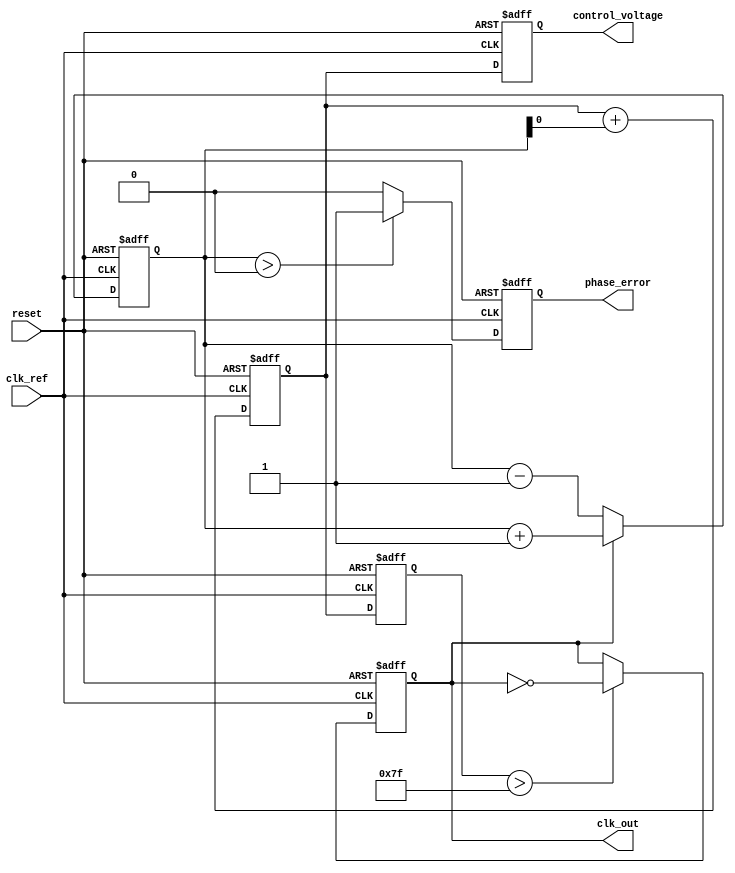
module pll (
    input wire clk_ref,          // Reference clock input
    input wire reset,            // Reset signal
    output reg clk_out,          // Output clock
    output reg [7:0] control_voltage, // Control voltage for VCO
    output reg phase_error       // Phase error signal
);

    // Parameters
    parameter VCO_MAX_FREQ = 255; // Max frequency output of VCO
    parameter VCO_MIN_FREQ = 0;    // Min frequency output of VCO
    parameter PHASE_DETECTOR_WIDTH = 8; // Width of phase detector output

    // Internal signals
    reg [PHASE_DETECTOR_WIDTH-1:0] phase_detector_out;
    reg [7:0] loop_filter_out;
    reg [7:0] vco_freq;

    // Phase Detector
    always @(posedge clk_ref or posedge reset) begin
        if (reset) begin
            phase_detector_out <= 0;
            phase_error <= 0;
        end else begin
            // Simple phase detection logic (PWM-like)
            if (clk_out) begin
                phase_detector_out <= phase_detector_out + 1; // Increment phase error
            end else begin
                phase_detector_out <= phase_detector_out - 1; // Decrement phase error
            end
            phase_error <= (phase_detector_out > 0) ? 1 : 0; // Set phase error signal
        end
    end

    // Loop Filter (Simple Integrator)
    always @(posedge clk_ref or posedge reset) begin
        if (reset) begin
            loop_filter_out <= 0;
        end else begin
            // Simple loop filter: Integrate phase error
            loop_filter_out <= loop_filter_out + phase_detector_out[0]; // Adjust gain as needed
        end
    end

    // Voltage-Controlled Oscillator (VCO)
    always @(posedge clk_ref or posedge reset) begin
        if (reset) begin
            vco_freq <= VCO_MIN_FREQ;
            clk_out <= 0;
        end else begin
            // Control VCO frequency based on loop filter output
            vco_freq <= loop_filter_out;
            // Generate output clock based on VCO frequency
            clk_out <= (vco_freq > (VCO_MAX_FREQ / 2)) ? ~clk_out : clk_out; // Simple toggle logic
        end
    end

    // Control Voltage Output
    always @(posedge clk_ref or posedge reset) begin
        if (reset) begin
            control_voltage <= 0;
        end else begin
            control_voltage <= loop_filter_out; // Output control voltage
        end
    end

endmodule